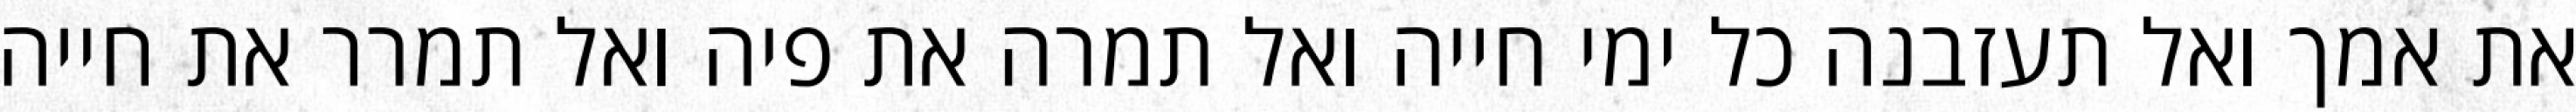
את אמך ואל תעזבנה כל ימי חייה ואל תמרה את פיה ואל תמרר את חייה